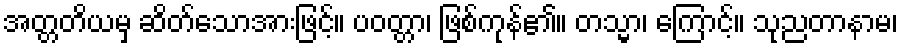
အတ္တတိယမှ ဆိတ်သောအားဖြင့်။ ပဝတ္တာ၊ ဖြစ်ကုန်၏။ တသ္မာ၊ ကြောင့်။ သုညတာနာမ၊